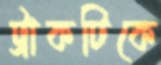
ট্রাকটিকে